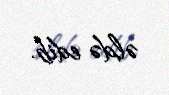
əldə edib.